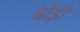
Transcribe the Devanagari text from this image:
ब्रोड़ी